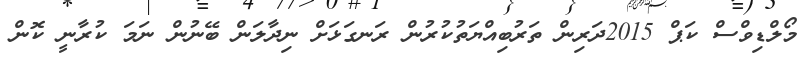
މޯލްޑިވްސް ކަޕް 2015ދަރިން ތަރުބިއްޔަތުކުރުން ރަނގަޅަށް ނިދާލަން ބޭނުން ނަމަ ކުރާނީ ކޮން